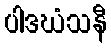
ပါဒဃံသနီ